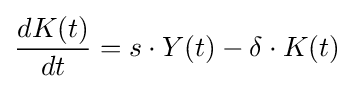
{\frac {dK(t)}{dt}}=s\cdot Y(t)-\delta \cdot K(t)